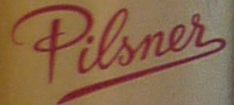
Pilsnes